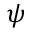
\psi